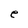
Character: e